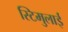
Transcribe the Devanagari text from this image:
स्टिमुलाई